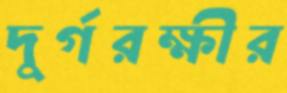
দুর্গরক্ষীর